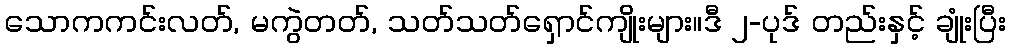
သောကကင်းလတ်, မကွဲတတ်, သတ်သတ်ရှောင်ကျိုးများ။ဒီ ၂-ပုဒ် တည်းနှင့် ချုံးပြီး